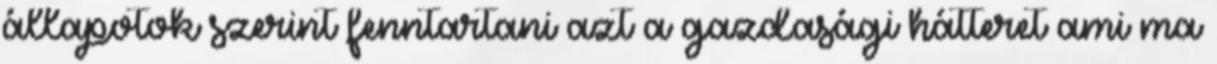
állapotok szerint fenntartani azt a gazdasági hátteret ami ma